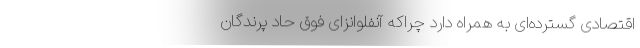
اقتصادی گسترده‌ای به همراه دارد چراکه آنفلوانزای فوق حاد پرندگان